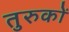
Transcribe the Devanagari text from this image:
तुरुकों